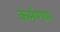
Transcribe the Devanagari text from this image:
कर्मणाम